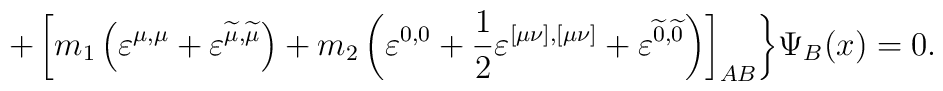
+\left[ m_1\left( \varepsilon ^{\mu ,\mu }+\varepsilon^{\widetilde{\mu }, \widetilde{\mu }}\right) +m_2\left(\varepsilon ^{0,0}+\frac 12\varepsilon ^{[\mu \nu ],[\mu \nu]}+\varepsilon ^{\widetilde{0},\widetilde{0}}\right) \right]_{AB}\biggr \}\Psi _B(x)=0 .